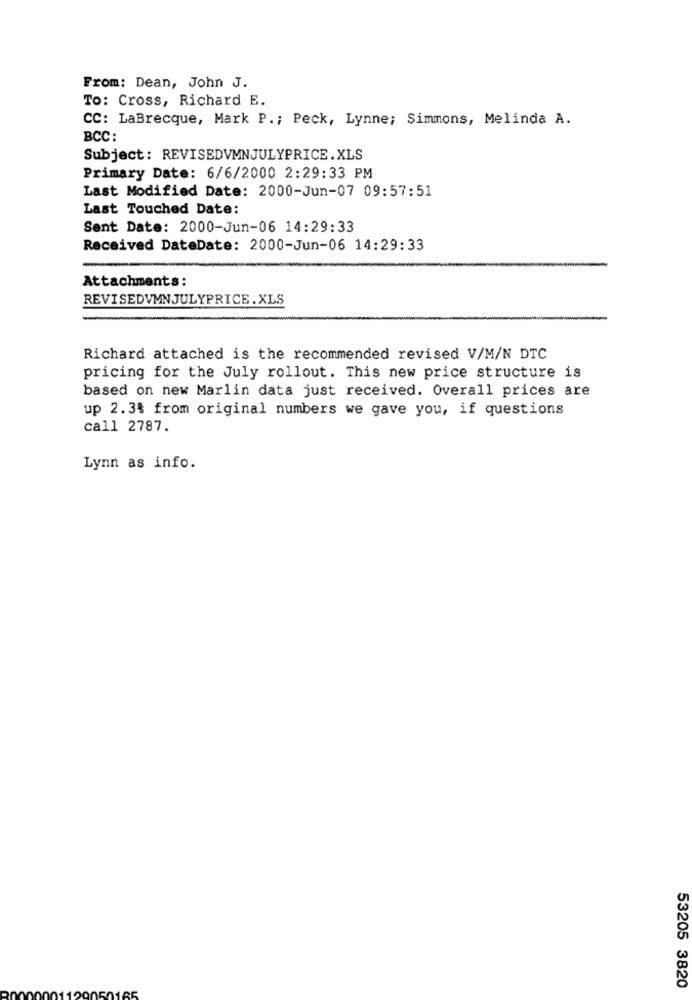
From: Dean, John J.
To: Cross, Richard E.
CC: LaBrecque, Mark P .; Peck, Lynne; Simmons, Melinda A.
BCC:
Subject: REVISEDVMNJULYPRICE.XLS
Primary Date: 6/6/2000 2:29:33 PM
Last Modified Date: 2000-Jun-07 09:57:51
Last Touched Date:
Sent Date: 2000-Jun-06 14:29:33
Received DateDate: 2000-Jun-06 14:29:33
Attachments:
REVISEDVMNJULYPRICE.XLS
Richard attached is the recommended revised V/M/N DTC
pricing for the July rollout. This new price structure is
based on new Marlin data just received. Overall prices are
up 2.3% from original numbers we gave you, if questions
call 2787.
Lynn as info.
53205 3820